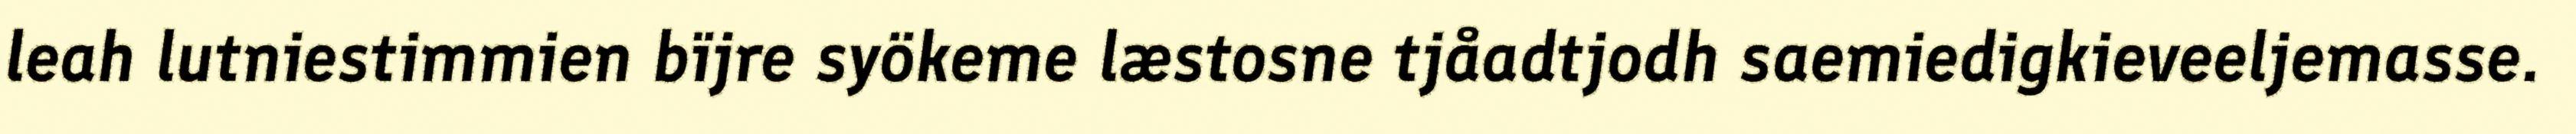
leah lutniestimmien bïjre syökeme læstosne tjåadtjodh saemiedigkieveeljemasse.